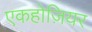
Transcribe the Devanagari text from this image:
एकहोज़ियर